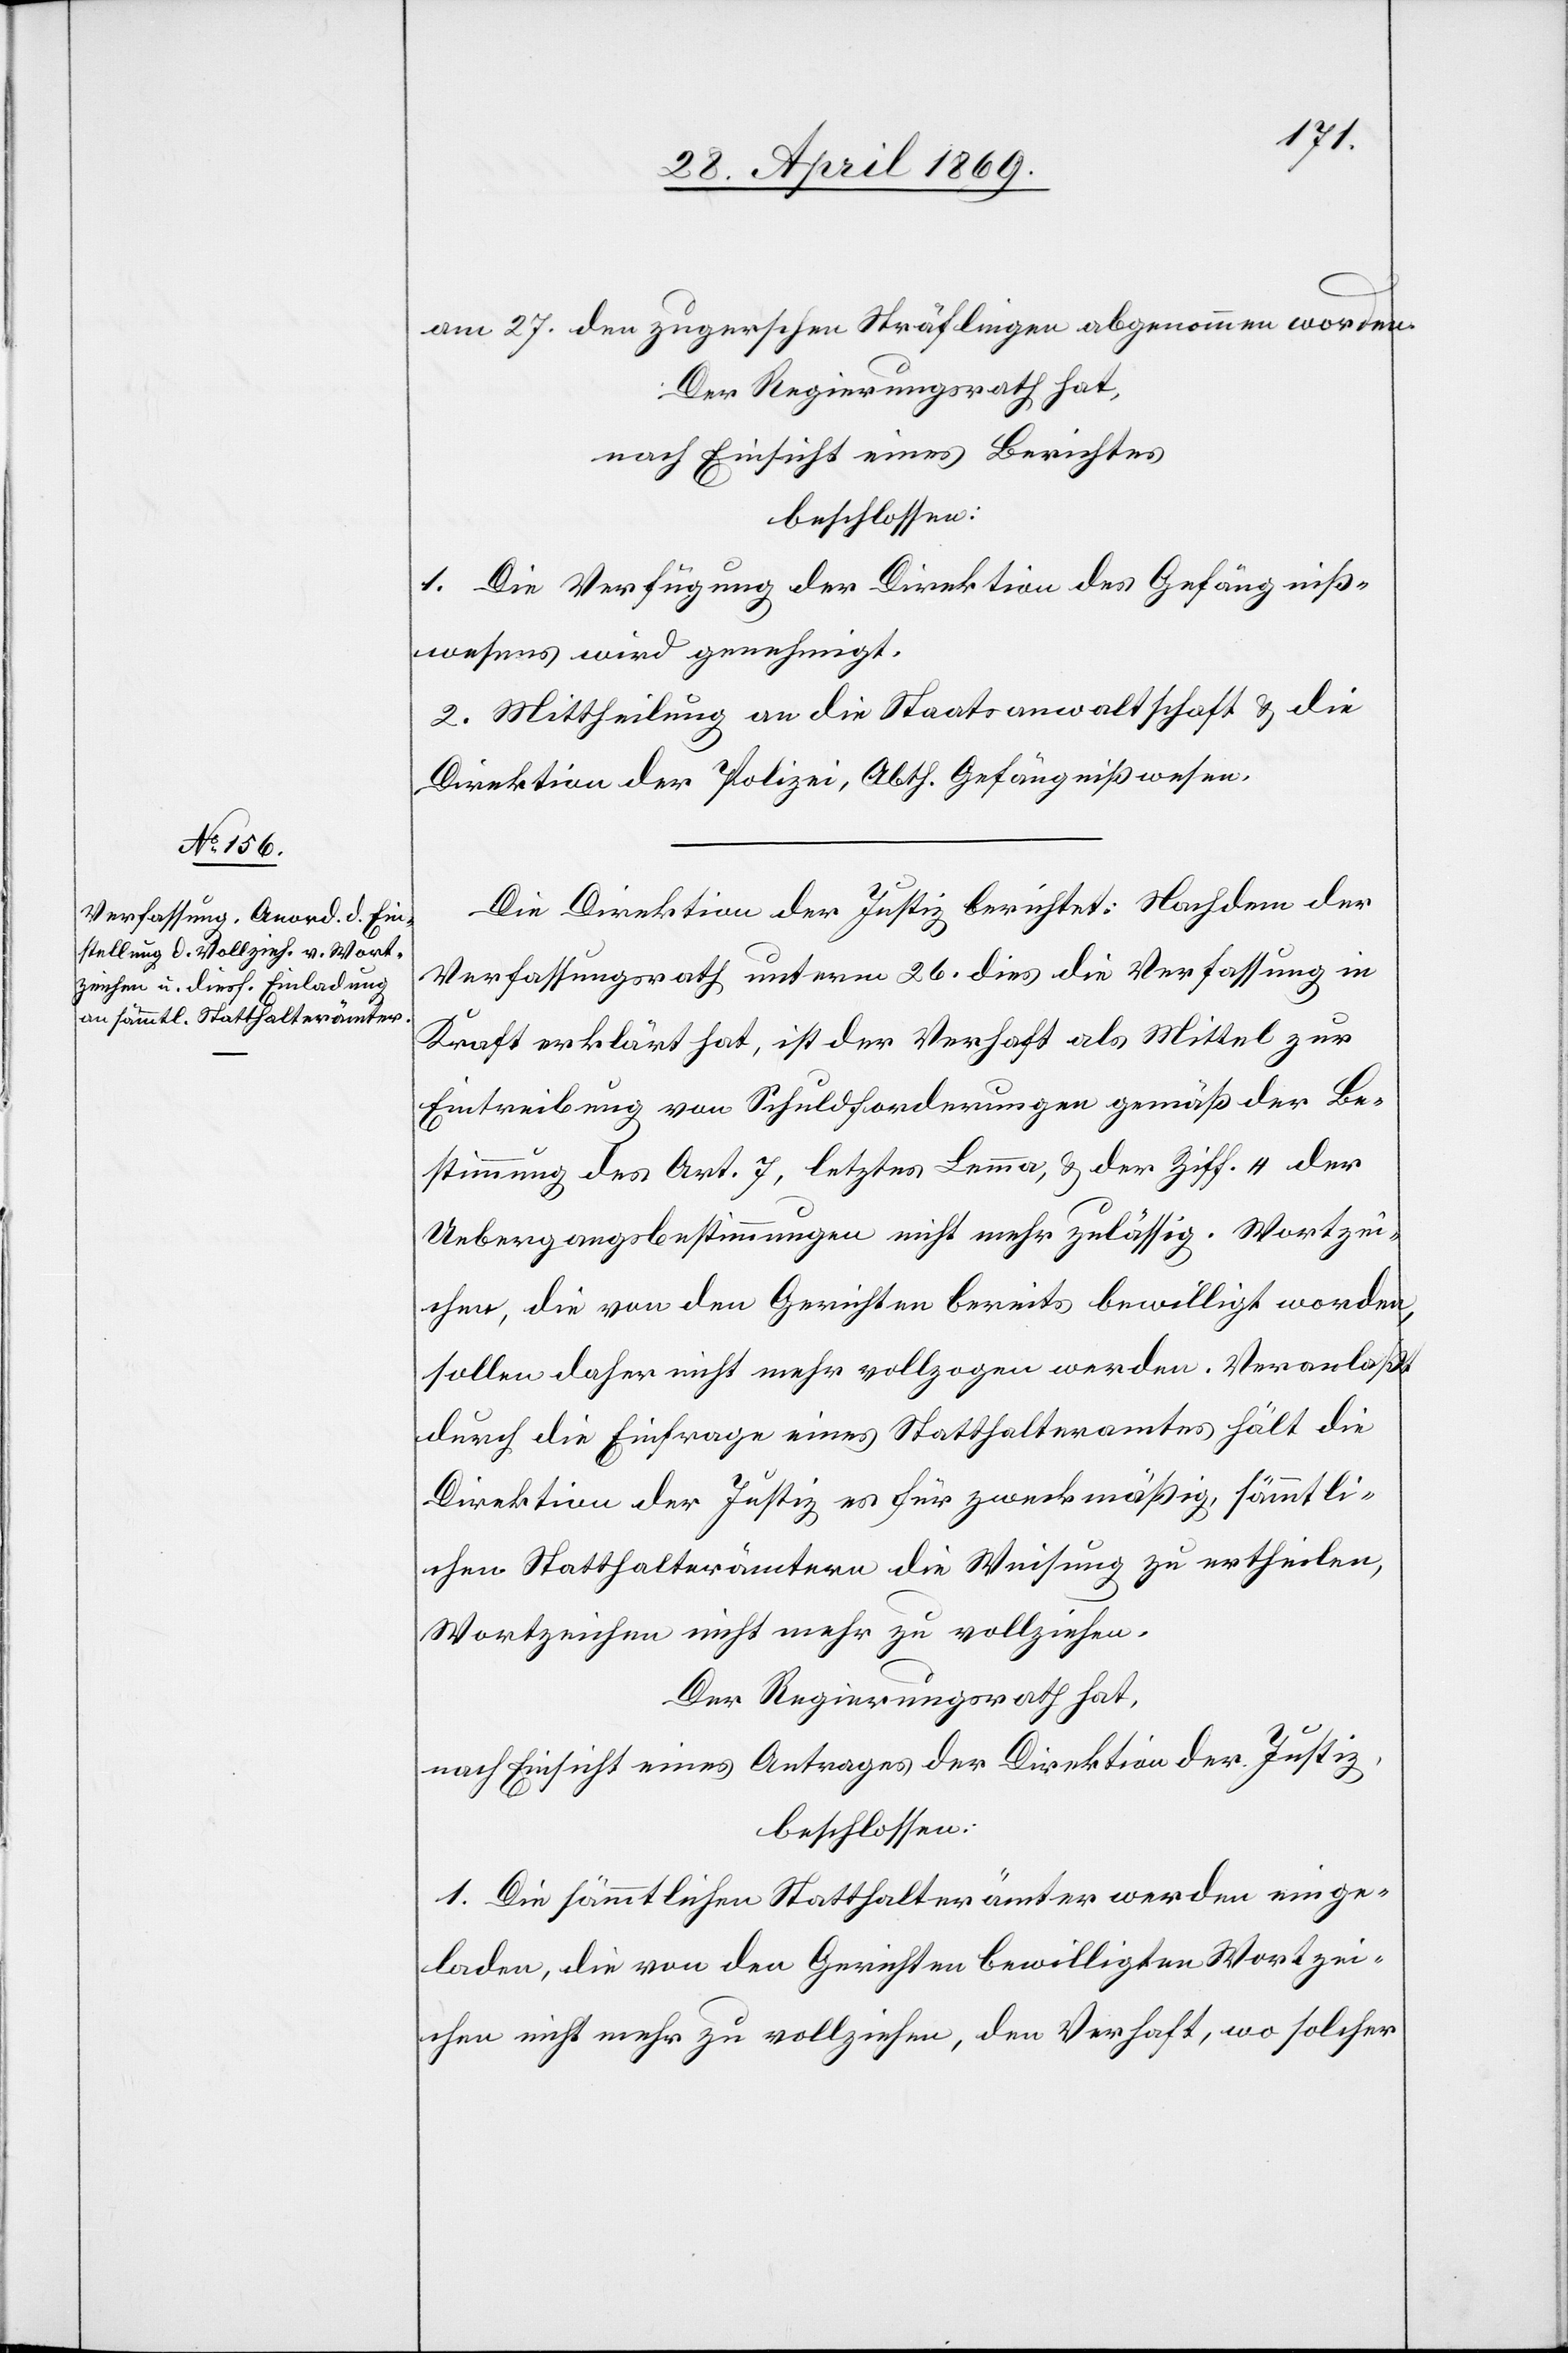
am 27. den zugerschen Sträflingen abgenommen worden.
Der Regierungsrath hat,
nach Einsicht eines Berichtes
beschlossen:
1. Die Verfügung der Direktion des Gefängniß¬
wesens wird genehmigt.
2. Mittheilung an die Staatsanwaltschaft u. die
Direktion der Polizei, Abth. Gefängnißwesen.
Die Direktion der Justiz berichtet: Nachdem der
Verfassungsrath unterm 26. dies die Verfassung in
Kraft erklärt hat, ist der Verhaft als Mittel zur
Eintreibung von Schuldforderungen gemäß der Be¬
stimmung des Art. 7, letztes Lemma, u. de Ziff. 4 der
Uebergangsbestimmungen nicht mehr zulässig. Wortzei¬
chen, die von den Gerichten bereits bewilligt worden,
sollen daher nicht mehr vollzogen werden. Veranlaßt
durch die Einfrage eines Statthalteramtes hält die
Direktion der Justiz es für zweckmäßig, sämmtli¬
chen Statthalterämtern die Weisung zu ertheilen,
Wortzeichen nicht mehr zu vollziehen.
Der Regierungsrath hat,
nach Einsicht eines Antrages der Direktion der Justiz,
beschlossen:
1. Die sämmtlichen Statthalterämter werden einge¬
laden, die von den Gerichten bewilligten Wortzei¬
chen nicht mehr zu vollziehen, den Verhaft, wo solcher